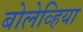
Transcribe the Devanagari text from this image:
बोलेव्हिया